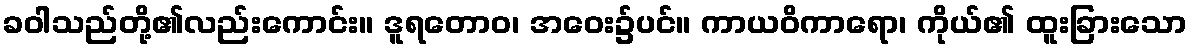
ခဝါသည်တို့၏လည်းကောင်း။ ဒူရတောဝ၊ အဝေး၌ပင်။ ကာယဝိကာရော၊ ကိုယ်၏ ထူးခြားသော